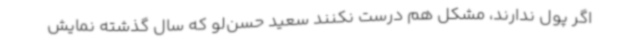
اگر پول ندارند، مشکل‌ هم درست نکنند سعید حسن‌لو که سال گذشته نمایش